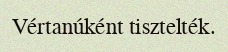
Vértanúként tisztelték.